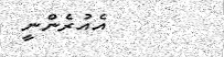
އެއުރެންނީ